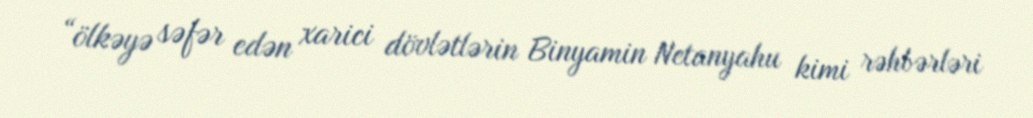
“ölkəyə səfər edən xarici dövlətlərin Binyamin Netanyahu kimi rəhbərləri